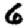
Digit: 6